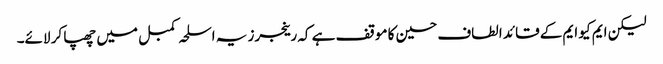
لیکن ایم کیو ایم کے قائد الطاف حسین کا موقف ہے کہ رینجرز یہ اسلحہ کمبل میں چھپا کر لائے۔